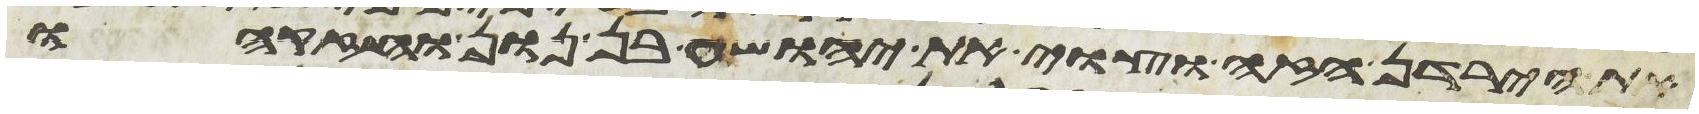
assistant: את הירדן הזה וצוי את יהושע בן נון וחזקהו